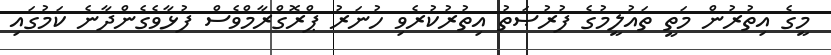
މީގެ އިތުރުން މަތީ ތައުލީމުގެ ފުރުޞަތު އިތުރުކުރެވި ހުނަރު ޕްރޮގްރާމްވެސް ފުޅާވެގެންދާނެ ކަމުގައި